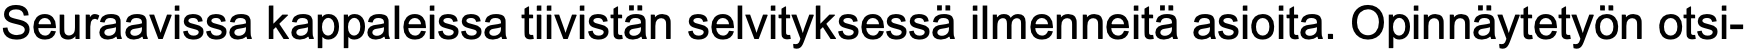
Seuraavissa kappaleissa tiivistän selvityksessä ilmenneitä asioita. Opinnäytetyön otsi-